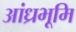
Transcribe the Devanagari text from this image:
आंध्रभूमि